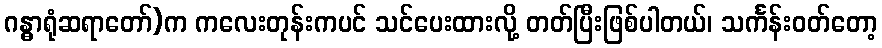
ဂန္ဓာရုံဆရာတော်)က ကလေးတုန်းကပင် သင်ပေးထားလို့ တတ်ပြီးဖြစ်ပါတယ်၊ သင်္ကန်းဝတ်တော့